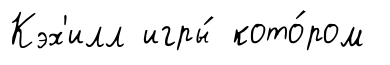
Кэх'илл игры́ кото́ром